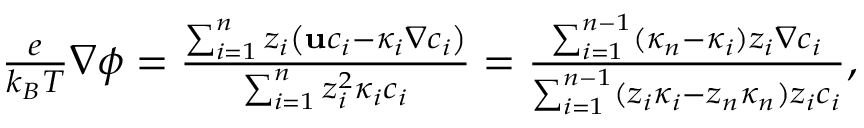
\begin{array} { r } { \frac { e } { k _ { B } T } \nabla \phi = \frac { \sum _ { i = 1 } ^ { n } z _ { i } \left( \mathbf { u } c _ { i } - \kappa _ { i } \nabla c _ { i } \right) } { \sum _ { i = 1 } ^ { n } z _ { i } ^ { 2 } \kappa _ { i } c _ { i } } = \frac { \sum _ { i = 1 } ^ { n - 1 } ( \kappa _ { n } - \kappa _ { i } ) z _ { i } \nabla c _ { i } } { \sum _ { i = 1 } ^ { n - 1 } ( z _ { i } \kappa _ { i } - z _ { n } \kappa _ { n } ) z _ { i } c _ { i } } , } \end{array}